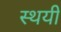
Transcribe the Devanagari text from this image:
स्थयी